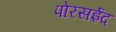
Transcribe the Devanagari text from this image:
पोरसईद